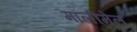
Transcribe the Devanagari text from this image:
मॉलीमेल